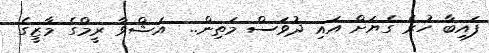
ފައިބާ ހުރެ ގެޔަށް އައި ދުވަސް މަތިން..  އަޝްވާ ރީމްގެ މާޒީގެ